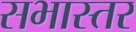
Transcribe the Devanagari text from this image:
सभास्तर